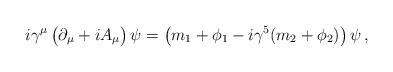
LaTeX: \begin{align*}i\gamma^{\mu} \left(\strut \partial_{\mu} + i A_{\mu}\right) \psi = \left( \strut m_{1} + \phi_{1} - i\gamma^{5} (m_{2}+\phi_{2})\right)\psi\, ,\end{align*}